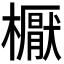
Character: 𣝓